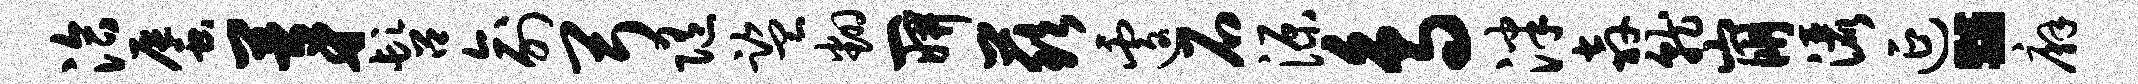
洽蜃茅髫俞弓随监翻一妍兹遽石源鸟泮奔就崩洒延。廨